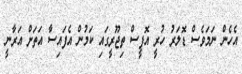
އެހެން ނަމަވެސް ޑޮލަރު ހުރީ އޮފީސް ތިޖޫރީގައި ކަމުން އެފައިސާ އަތަށް އަރާނީ